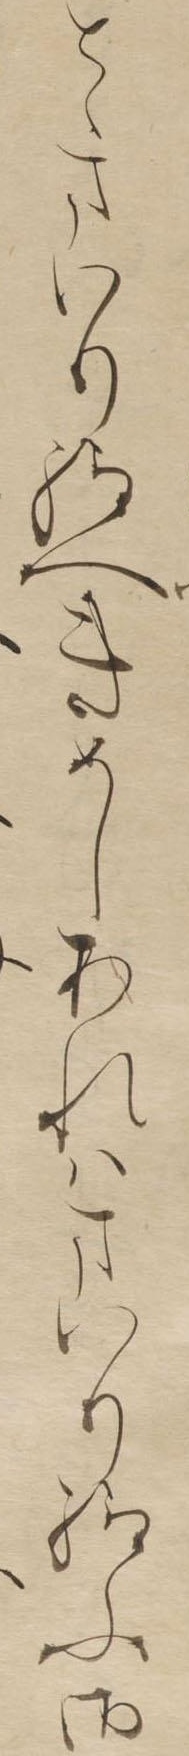
とゝまいり給へきめしあれはまいり給ふ御